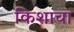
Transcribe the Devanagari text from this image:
किशाचा